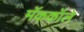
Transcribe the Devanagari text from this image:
मॅककॉले